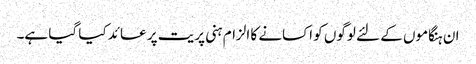
ان ہنگاموں کے لئے لوگوں کو اکسانے کا الزام ہنی پریت پر عائد کیا گیا ہے۔